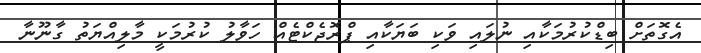
އެގޮތަށް ބިޑްކުރުމަކާއި ނުލައި ވަކި ބަޔަކާއި ޕްރޮޖެކްޓެއް ހަވާލު ކުރުމަކީ މާލިއްޔަތު ގާނޫނާ